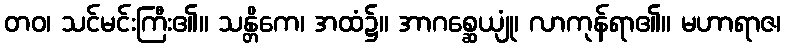
တဝ၊ သင်မင်းကြီး၏။ သန္တိကေ၊ အထံ၌။ အာဂစ္ဆေယျုံ၊ လာကုန်ရာ၏။ မဟာရာဇ၊